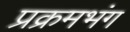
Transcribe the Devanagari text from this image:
प्रक्रमभंग